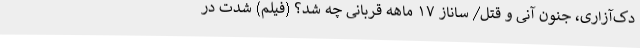
دک‌آزاری، جنون آنی و قتل/ ساناز ۱۷ ماهه قربانی چه شد؟ (فیلم) شدت در